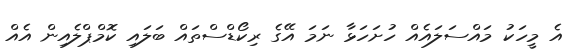
އެ މީހަކު މައްސަލައެއް ހުށަހަޅާ ނަމަ އޭގެ ރިކޯޑްސްތައް ބަލައި ކޮމްޕްލެއިން އެއް